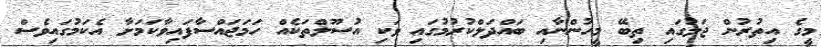
މީގެ އިތުރުން ޖަލުގައި ތިބޭ މީހުންނާއި ބައްދަލްކުރުމުގައި ވަކި އުސޫލްތަކެއް ހަމަޖައްސާފައިވާކަމަށާ އެކަމުގައިވެސް